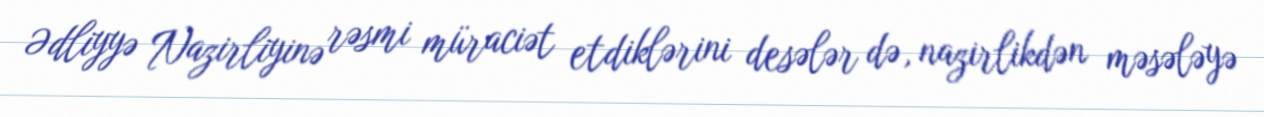
Ədliyyə Nazirliyinə rəsmi müraciət etdiklərini desələr də, nazirlikdən məsələyə